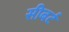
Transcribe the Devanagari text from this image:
सीबर्ट